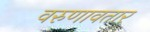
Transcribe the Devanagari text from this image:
वरुणावतार